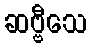
ဆဗ္ဗီသေ